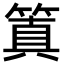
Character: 䈯